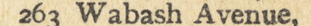
263 Wabash Avenue,